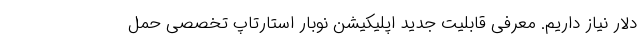
دلار نیاز داریم. معرفی قابلیت جدید اپلیکیشن نوبار استارتاپ تخصصی حمل